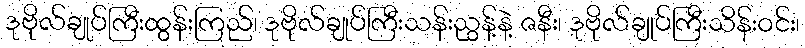
ဒုဗိုလ်ချုပ်ကြီးထွန်းကြည်၊ ဒုဗိုလ်ချုပ်ကြီးသန်းညွန့်နဲ့ ဇနီး၊ ဒုဗိုလ်ချုပ်ကြီးသိန်းဝင်း၊